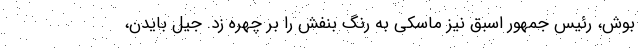
بوش، رئیس جمهور اسبق نیز ماسکی به رنگ بنفش را بر چهره زد. جیل بایدن،